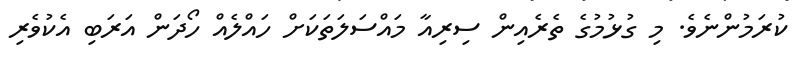
ކުރަމުންނެވެ. މި ގުޅުމުގެ ތެރެއިން ސިރިއާ މައްސަލަތަކަށް ހައްލެއް ހޯދަން އަރަބި އެކުވެރި